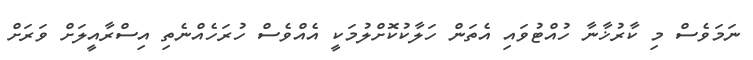
ނަމަވެސް މި ކާރުޚާނާ ހުއްޓުވައި އެތަން ހަލާކުކޮށްލުމަކީ އެއްވެސް ހުރަހެއްނެތި އިސްރާއީލަށް ވަރަށް